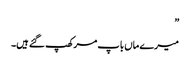
”
میرے ماں باپ مر کھپ گئے ہیں۔